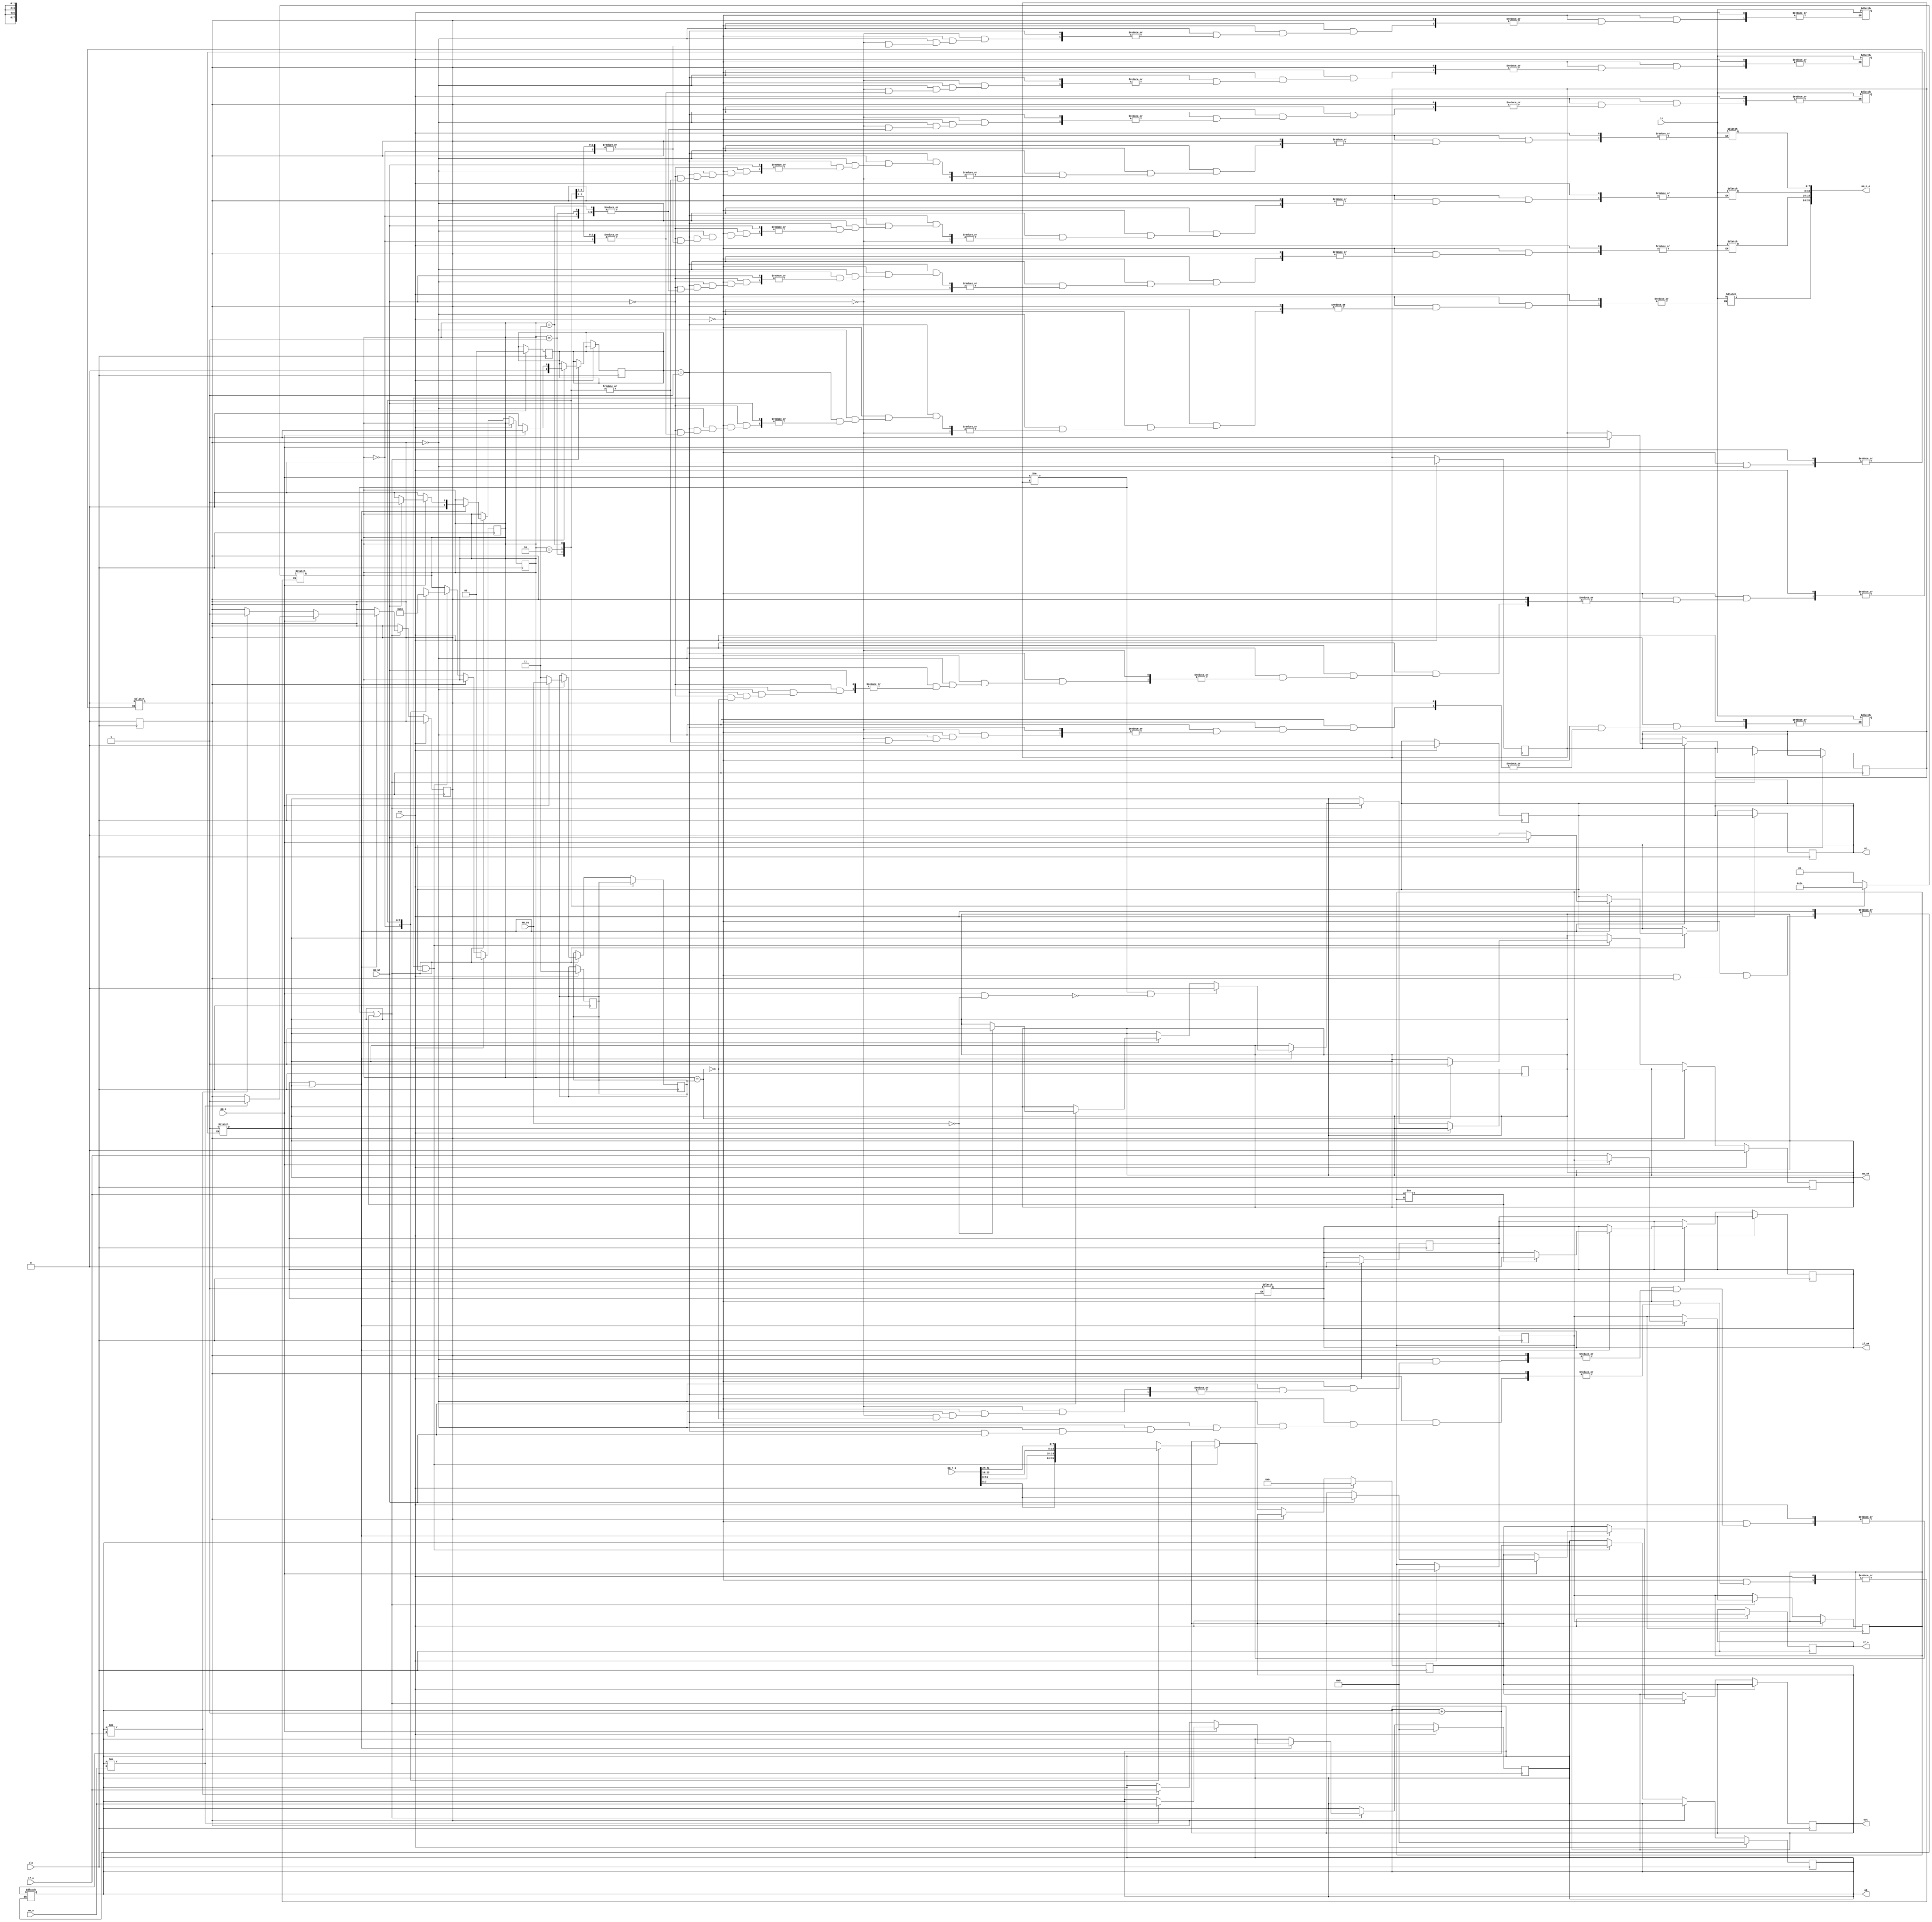
module mct (
  input	wire	  clk,
  input	wire		rst,
  input wire[31:0]  if_a,
  input	wire		mm_e,
  input	wire[31:0]	mm_a,
  input	wire[31:0]	mm_n_i,
  input	wire		mm_wr,
  input	wire[7:0]	in,
  output 	reg[31:0]	mm_n_o,
  output	reg			if_ok,
  output	reg			mm_ok,
  output	reg[7:0]	out,
  output 	reg[31:0]	if_n,
  output	reg[31:0]	ad,
  output	reg			wr,
  input	wire[1:0]	mm_cu		
);

  reg[1:0]	cu;
  reg[1:0]	cur_mode; // 1-mem 0-inf
  reg			nready;

  reg[31:0]	ls_if_a;
  reg			ls_mm_e;
  reg[1:0]	es;

  always @ (posedge clk) begin
    if (rst == 1'b0) begin
      if (mm_e != ls_mm_e || if_a != ls_if_a) begin
        if (if_ok == 1'b1 || mm_ok == 1'b1) begin
          // // $display("MAYBE CHANGE %b", mm_e);
          if (mm_e == 1'b1) begin
            cur_mode <= 1;
            if (ad != mm_a) begin
              ad <= mm_a;
              nready <= 1;
            end
            wr <= mm_wr;
            if (mm_wr == 1) begin
              if (mm_cu == 0) begin
                mm_ok <= 1;
              end
              out <= mm_n_i[ 7: 0];
              cu <= 1;
            end else begin
              cu <= 0;
            end
            es <= mm_cu;
            ls_mm_e <= mm_e;
          end else begin
            cur_mode <= 0;
            if (ad != if_a) begin
              ad <= if_a;
              nready <= 1;
            end
            wr <= 0;
            cu <= 0;
            es <= 3;
            ls_if_a <= if_a;
          end
          if (mm_e != ls_mm_e && !(mm_e == 1 && mm_cu == 0)) begin
            mm_ok <= 1'b0;
          end 
          if (if_a != ls_if_a) begin
            if_ok <= 1'b0;
          end
        end
      end
    end else ad <= 32'h0;
  end

  always @ (posedge clk) begin
    if (rst == 1'b0) begin
      if (nready == 1) begin
        nready <= 0;
      end else if (cur_mode == 1'b1 && wr == 1'b1) begin
        ad <= ad + 1;
        if (cu == es) begin
          mm_ok <= 1'b1;
        end 
        case (cu)
          2'h0: begin
            out <= mm_n_i[ 7: 0];
            cu <= 1;
          end
          2'h1: begin
            out <= mm_n_i[15: 8];
            cu <= 2;
          end
          2'h2: begin
            out <= mm_n_i[23:16];
            cu <= 3;
          end
          2'h3: begin
            out <= mm_n_i[31:24];
            cu <= 0;
          end
        endcase
      end
    end else begin
      cu <= 2'h0;
      if_n <= 32'h0;
      wr <= 1'b0;
      ad <= 32'h0;
      out <= 8'h0;
      if_ok <= 1'h0;
      mm_ok <= 1'h0;
      cur_mode <= 1'b0;
      ls_if_a <= 32'h0;
      ls_mm_e <= 1'h0;
      nready <= 1'h0;
      es <= 2'h3;
    end
  end

  always @ (in, rst) begin
    if (rst == 1'b0) begin
      // $display("\t\t\t MCT ad %h", ad);
      if (nready == 1) begin
        nready <= 0;
      end else if (cur_mode == 1'b1) begin
        ad = ad + 1;
        if (mm_wr == 1'b0) begin
          if (cu == es) begin
            mm_ok = 1'b1;
          end
          case (cu)
            2'h0: begin
              mm_n_o[ 7: 0] = in;
              cu = 1;
            end
            2'h1: begin
              mm_n_o[15: 8] = in;
              cu = 2;
            end
            2'h2: begin
              mm_n_o[23:16] = in;
              cu = 3;
            end
            2'h3: begin
              mm_n_o[31:24] = in;
              cu = 0;
            end
          endcase
        end
      end else begin
        $display("%d in changed %d %h", $time, ad, in);
        ad = ad + 1;
        if (cu == es) begin
          if_ok = 1'b1;
        end
        case (cu)
          2'h0: begin
            if_n[ 7: 0] = in;
            cu = 1;
          end
          2'h1: begin
            if_n[15: 8] = in;
            cu = 2;
          end
          2'h2: begin
            if_n[23:16] = in;
            cu = 3;
          end
          2'h3: begin
            if_n[31:24] = in;
            cu = 0;
          end
        endcase
      end
    end
  end

  // always @ (negedge clk) begin
  //   if (rst == 1'b1) begin
  //     cu <= 2'h0;
  //     if_n <= 32'h0;
  //     wr <= 1'b0;
  //     ad <= 32'h0;
  //     out <= 8'h0;
  //     if_ok <= 1'h0;
  //     mm_ok <= 1'h0;
  //     cur_mode <= 1'b0;
  //     ls_if_a <= 32'h0;
  //     ls_mm_e <= 1'h0;
  //     nready <= 1'h0;
  //     es <= 2'h3;
  //   end else if (rst == 1'b0) begin
  //     // $display("\t\t\t MCT ad %h", ad);
  //     if (nready == 1) begin
  //       nready <= 0;
  //     end else if (cur_mode == 1'b1) begin
  //       // mm_ok <= 1'b0;
  //       ad <= ad + 1;
  //       if (mm_wr == 1'b0) begin
  //         if (cu == es) begin
  //           mm_ok <= 1'b1;
  //         end
  //         case (cu)
  //           2'h0: begin
  //             mm_n_o[ 7: 0] <= in;
  //             cu <= 1;
  //           end
  //           2'h1: begin
  //             mm_n_o[15: 8] <= in;
  //             cu <= 2;
  //           end
  //           2'h2: begin
  //             mm_n_o[23:16] <= in;
  //             cu <= 3;
  //           end
  //           2'h3: begin
  //             mm_n_o[31:24] <= in;
  //             cu <= 0;
  //           end
  //         endcase
  //       end else begin
  //         if (cu == es) begin
  //           mm_ok <= 1'b1;
  //         end
  //         case (cu)
  //           2'h0: begin
  //             out <= mm_n_i[ 7: 0];
  //             cu <= 1;
  //           end
  //           2'h1: begin
  //             out <= mm_n_i[15: 8];
  //             cu <= 2;
  //           end
  //           2'h2: begin
  //             out <= mm_n_i[23:16];
  //             cu <= 3;
  //           end
  //           2'h3: begin
  //             out <= mm_n_i[31:24];
  //             cu <= 0;
  //           end
  //         endcase
  //       end
  //     end else begin
  //       ad <= ad + 1;
  //       // if_ok <= 1'b0;
  //       if (cu == es) begin
  //         if_ok <= 1'b1;
  //       end
  //       case (cu)
  //         2'h0: begin
  //           if_n[ 7: 0] <= in;
  //           cu <= 1;
  //         end
  //         2'h1: begin
  //           if_n[15: 8] <= in;
  //           cu <= 2;
  //         end
  //         2'h2: begin
  //           if_n[23:16] <= in;
  //           cu <= 3;
  //         end
  //         2'h3: begin
  //           if_n[31:24] <= in;
  //           cu <= 0;
  //         end
  //       endcase
  //     end
  //   end
  // end



endmodule